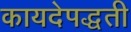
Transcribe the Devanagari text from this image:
कायदेपद्धती